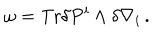
\omega = \mathrm { T r } \delta P ^ { i } \wedge \delta \nabla _ { i } \, .